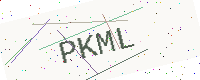
Text: PKML